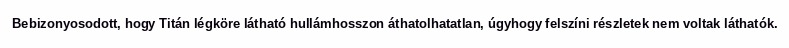
Bebizonyosodott, hogy Titán légköre látható hullámhosszon áthatolhatatlan, úgyhogy felszíni részletek nem voltak láthatók.